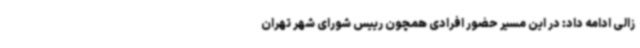
زالی ادامه داد: در این مسیر حضور افرادی همچون رییس شورای شهر تهران